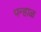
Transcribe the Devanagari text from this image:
पन्हाळ